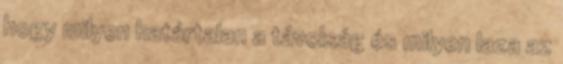
hogy milyen határtalan a távolság és milyen laza az